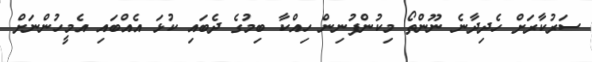
ސަރުކާރަށް ހެދިދާނެ ނޫންތޯ މިކުންފުނިން ހިއްކާ ބިމުގެ ދެބައި ކުޅަ އެއްބައި އެމީހުންނަށް